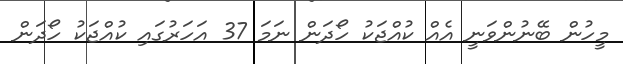
މީހުން ބޭނުންވަނީ އެއް ކުއްޖަކު ހޯދަން ނަމަ 37 އަހަރުގައި ކުއްޖަކު ހޯދަން